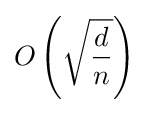
O\left({\sqrt {\frac {d}{n}}}\right)